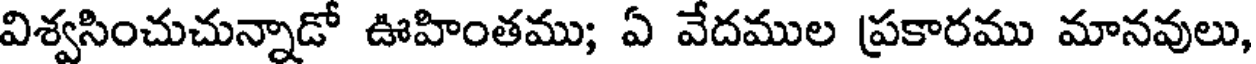
విశ్వసించుచున్నాడో ఊహింతము; ఏ వేదముల ప్రకారము మానవులు,